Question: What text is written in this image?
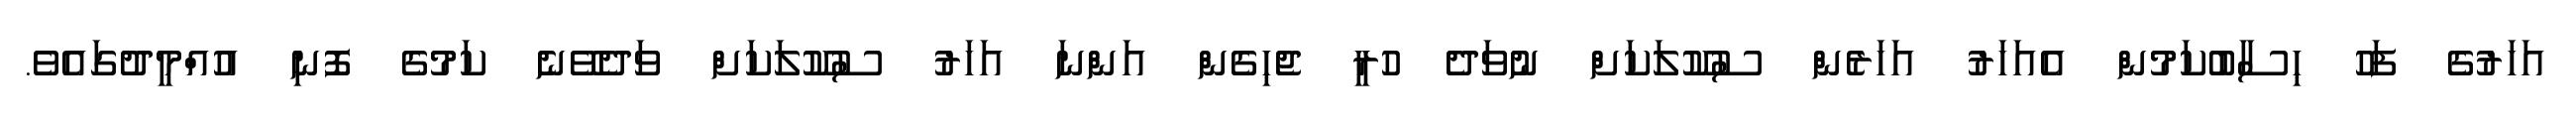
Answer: އަހަރުގެ ފަހު ހިސާބުކަމުން އެއަހަރު އަހަރެން ސުކޫލަކަށް ނުވަދެ ހުރީ ޖެހިގެން އަންނަ އަހަރު ސުކޫލަކަށް ވަދެވޭނެ ކަމުގެ ފޮނި އުއްމީދުގައެވެ.